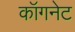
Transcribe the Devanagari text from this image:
कॉगनेट